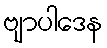
ဗျာပါဒေန